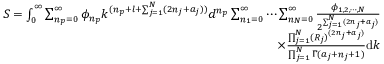
\begin{array} { r } { S = \int _ { 0 } ^ { \infty } \sum _ { n _ { p } = 0 } ^ { \infty } \phi _ { n _ { p } } k ^ { ( n _ { p } + l + \sum _ { j = 1 } ^ { N } ( 2 n _ { j } + a _ { j } ) ) } d ^ { n _ { p } } \sum _ { n _ { 1 } = 0 } ^ { \infty } \cdots \sum _ { n _ { N } = 0 } ^ { \infty } \frac { \phi _ { 1 , 2 , \cdots , N } } { 2 ^ { \sum _ { j = 1 } ^ { N } ( 2 n _ { j } + a _ { j } ) } } } \\ { \times \frac { \prod _ { j = 1 } ^ { N } ( R _ { j } ) ^ { ( 2 n _ { j } + a _ { j } ) } } { \prod _ { j = 1 } ^ { N } \Gamma ( a _ { j } + n _ { j } + 1 ) } \mathrm { d } { k } } \end{array}